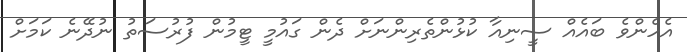
އެހެންވެ ބައެއް ސީނިއާ ކުޅުންތެރިންނަށް ދެން ގައުމީ ޓީމުން ފުރުސަތު ނުދޭނެ ކަމަށް